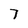
Character: 7